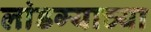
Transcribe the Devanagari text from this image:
लांडग्याच्या